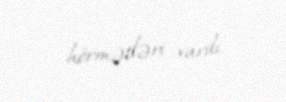
hörmətləri vardı.